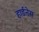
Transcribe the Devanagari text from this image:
हार्डनेस